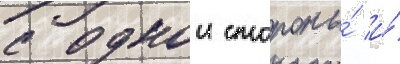
с однои стороны́ и́